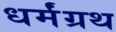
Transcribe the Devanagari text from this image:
धर्मंग्रथ